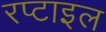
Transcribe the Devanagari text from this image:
रप्टाइल